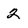
Character: 2